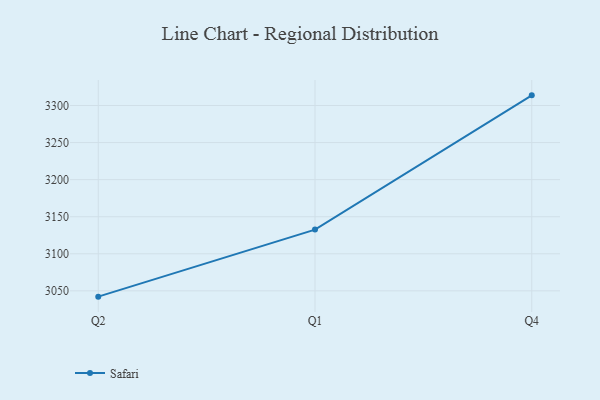
{"axis": {"x": "Quarter", "y": "Bounce Rate (%)"}, "legend": ["Safari"], "data": [{"x": "Q2", "y": 3042.2, "type": "Safari"}, {"x": "Q1", "y": 3132.6, "type": "Safari"}, {"x": "Q4", "y": 3313.7, "type": "Safari"}]}